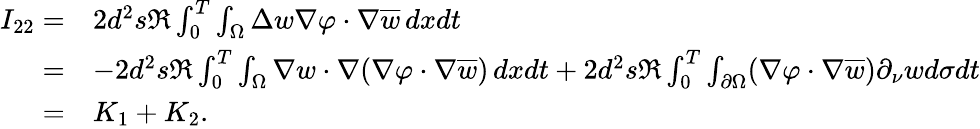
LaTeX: \begin{array}{rl}{I_{22}=}&{2d^{2}s\Re\int_{0}^{T}\int_{\Omega}\Delta w\nabla\varphi\cdot\nabla\overline{{w}}\, dxdt}\\ {=}&{-2d^{2}s\Re\int_{0}^{T}\int_{\Omega}\nabla w\cdot\nabla(\nabla\varphi\cdot\nabla\overline{{w}})\, dxdt+2d^{2}s\Re\int_{0}^{T}\int_{\partial\Omega}(\nabla\varphi\cdot\nabla\overline{{w}})\partial_{\nu}wd\sigma dt}\\ {=}&{K_{1}+K_{2}.}\end{array}